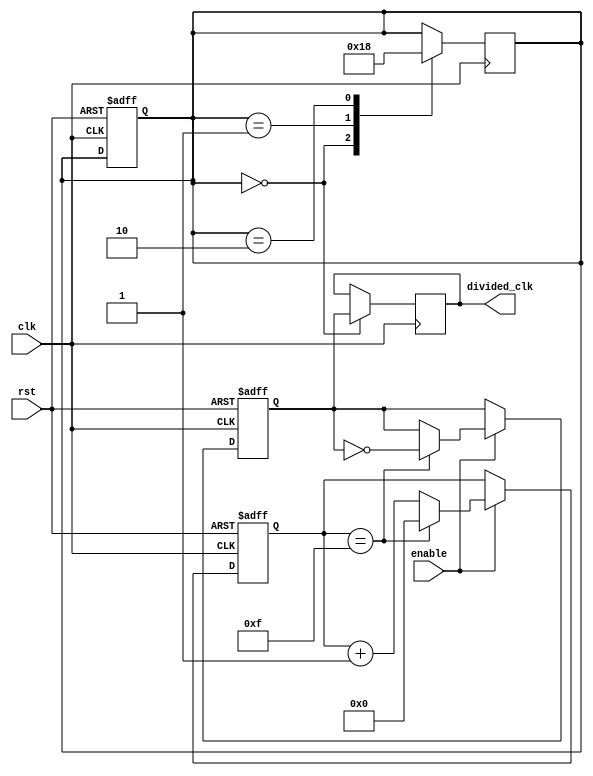
module frequency_divider (
    input wire clk,
    input wire rst,
    input wire enable,
    output wire divided_clk
);

reg [15:0] counter;
reg sync_clk;
reg [1:0] sync_state;
parameter DIV_FACTOR = 16;

always @(posedge clk or posedge rst) begin
    if (rst) begin
        counter <= 0;
        sync_clk <= 0;
        sync_state <= 2'b00;
    end else begin
        if (enable) begin
            counter <= counter + 1;
            if (counter == DIV_FACTOR - 1) begin
                counter <= 0;
                sync_clk <= ~sync_clk;
            end
        end
    end
end

always @(posedge clk) begin
    case (sync_state)
        2'b00: begin
            sync_state <= 2'b01;
            divided_clk <= sync_clk;
        end
        2'b01: begin
            sync_state <= 2'b10;
        end
        2'b10: begin
            sync_state <= 2'b00;
        end
    endcase
end

endmodule